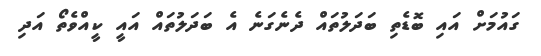
ގައުމަށް އައި ބޮޑެތި ބަދަލުތައް ދެނެގަނެ އެ ބަދަލުތައް އައީ ކީއްވެތޯ އަދި